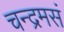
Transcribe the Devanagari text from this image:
चन्द्रमसं